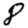
Digit: 8